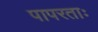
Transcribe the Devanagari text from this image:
पापरताः